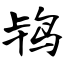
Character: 鸨